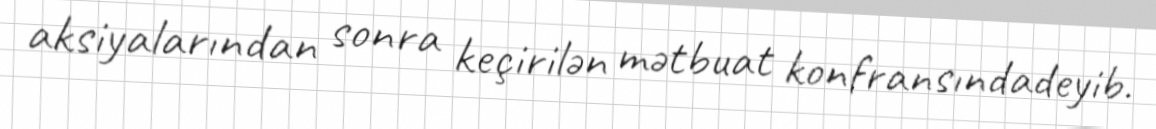
aksiyalarından sonra keçirilən mətbuat konfransındadeyib.